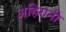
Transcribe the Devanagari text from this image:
अहिरानी